Notes on vaccination in the North-West Frontier Province 1923-1928 - 1923-1928
Year: 1923
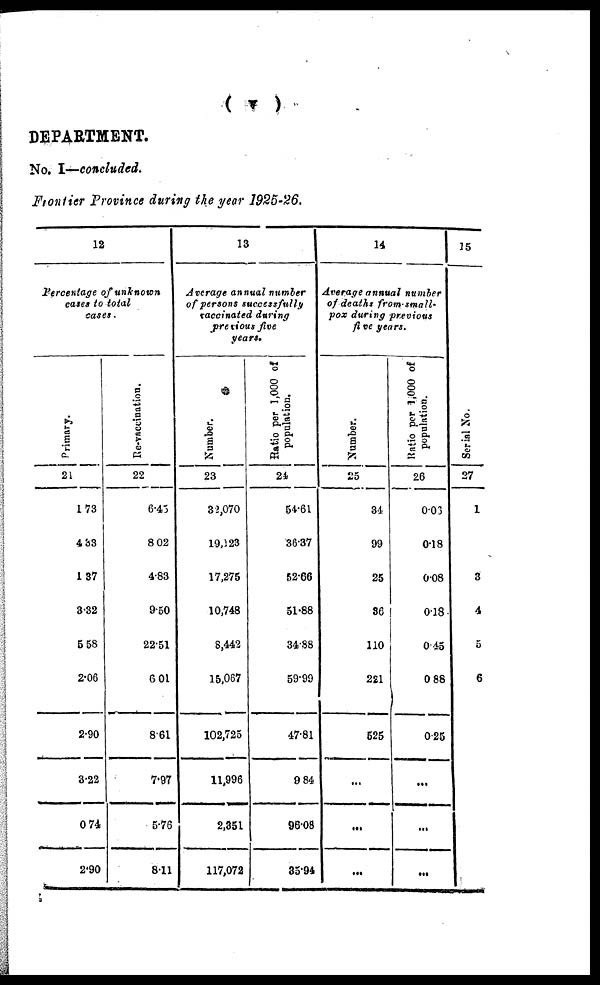
( v )
DEPARTMENT.
No. I—concluded.
Frontier Province during the year 1925-26.
12
Percentage of unknown
cases to total
cases.
Primary.
21
1.73
4.33
1.37
3.32
5.58
2.06
2.90
3.22
0.74
2.90
Re-vaccination.
22
6.45
8.02
4.83
9.50
22.51
6.01
8.61
7.97
5.76
8.11
13
Average annual number
of persons successfully
vaccinated during
previous five
years.
Number.
23
32,070
19,023
17,275
10,748
8,442
15,067
102,725
11,996
2,351
117,072
Ratio per 1,000 of
population.
24
54.61
36.37
52.66
51.88
34.88
59.99
47.81
9.84
96.08
35.94
14
Average annual number
of deaths front-small¬
pox during previous
five years.
Number.
25
34
99
25
36
110
221
525
...
...
...
Ratio per 1,000 of
population.
26
0.03
0.18
0.08
0.18
0.45
0.88
0.25
...
...
...
15
Serial No.
27
1
2
3
4
5
6